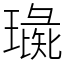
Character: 璏